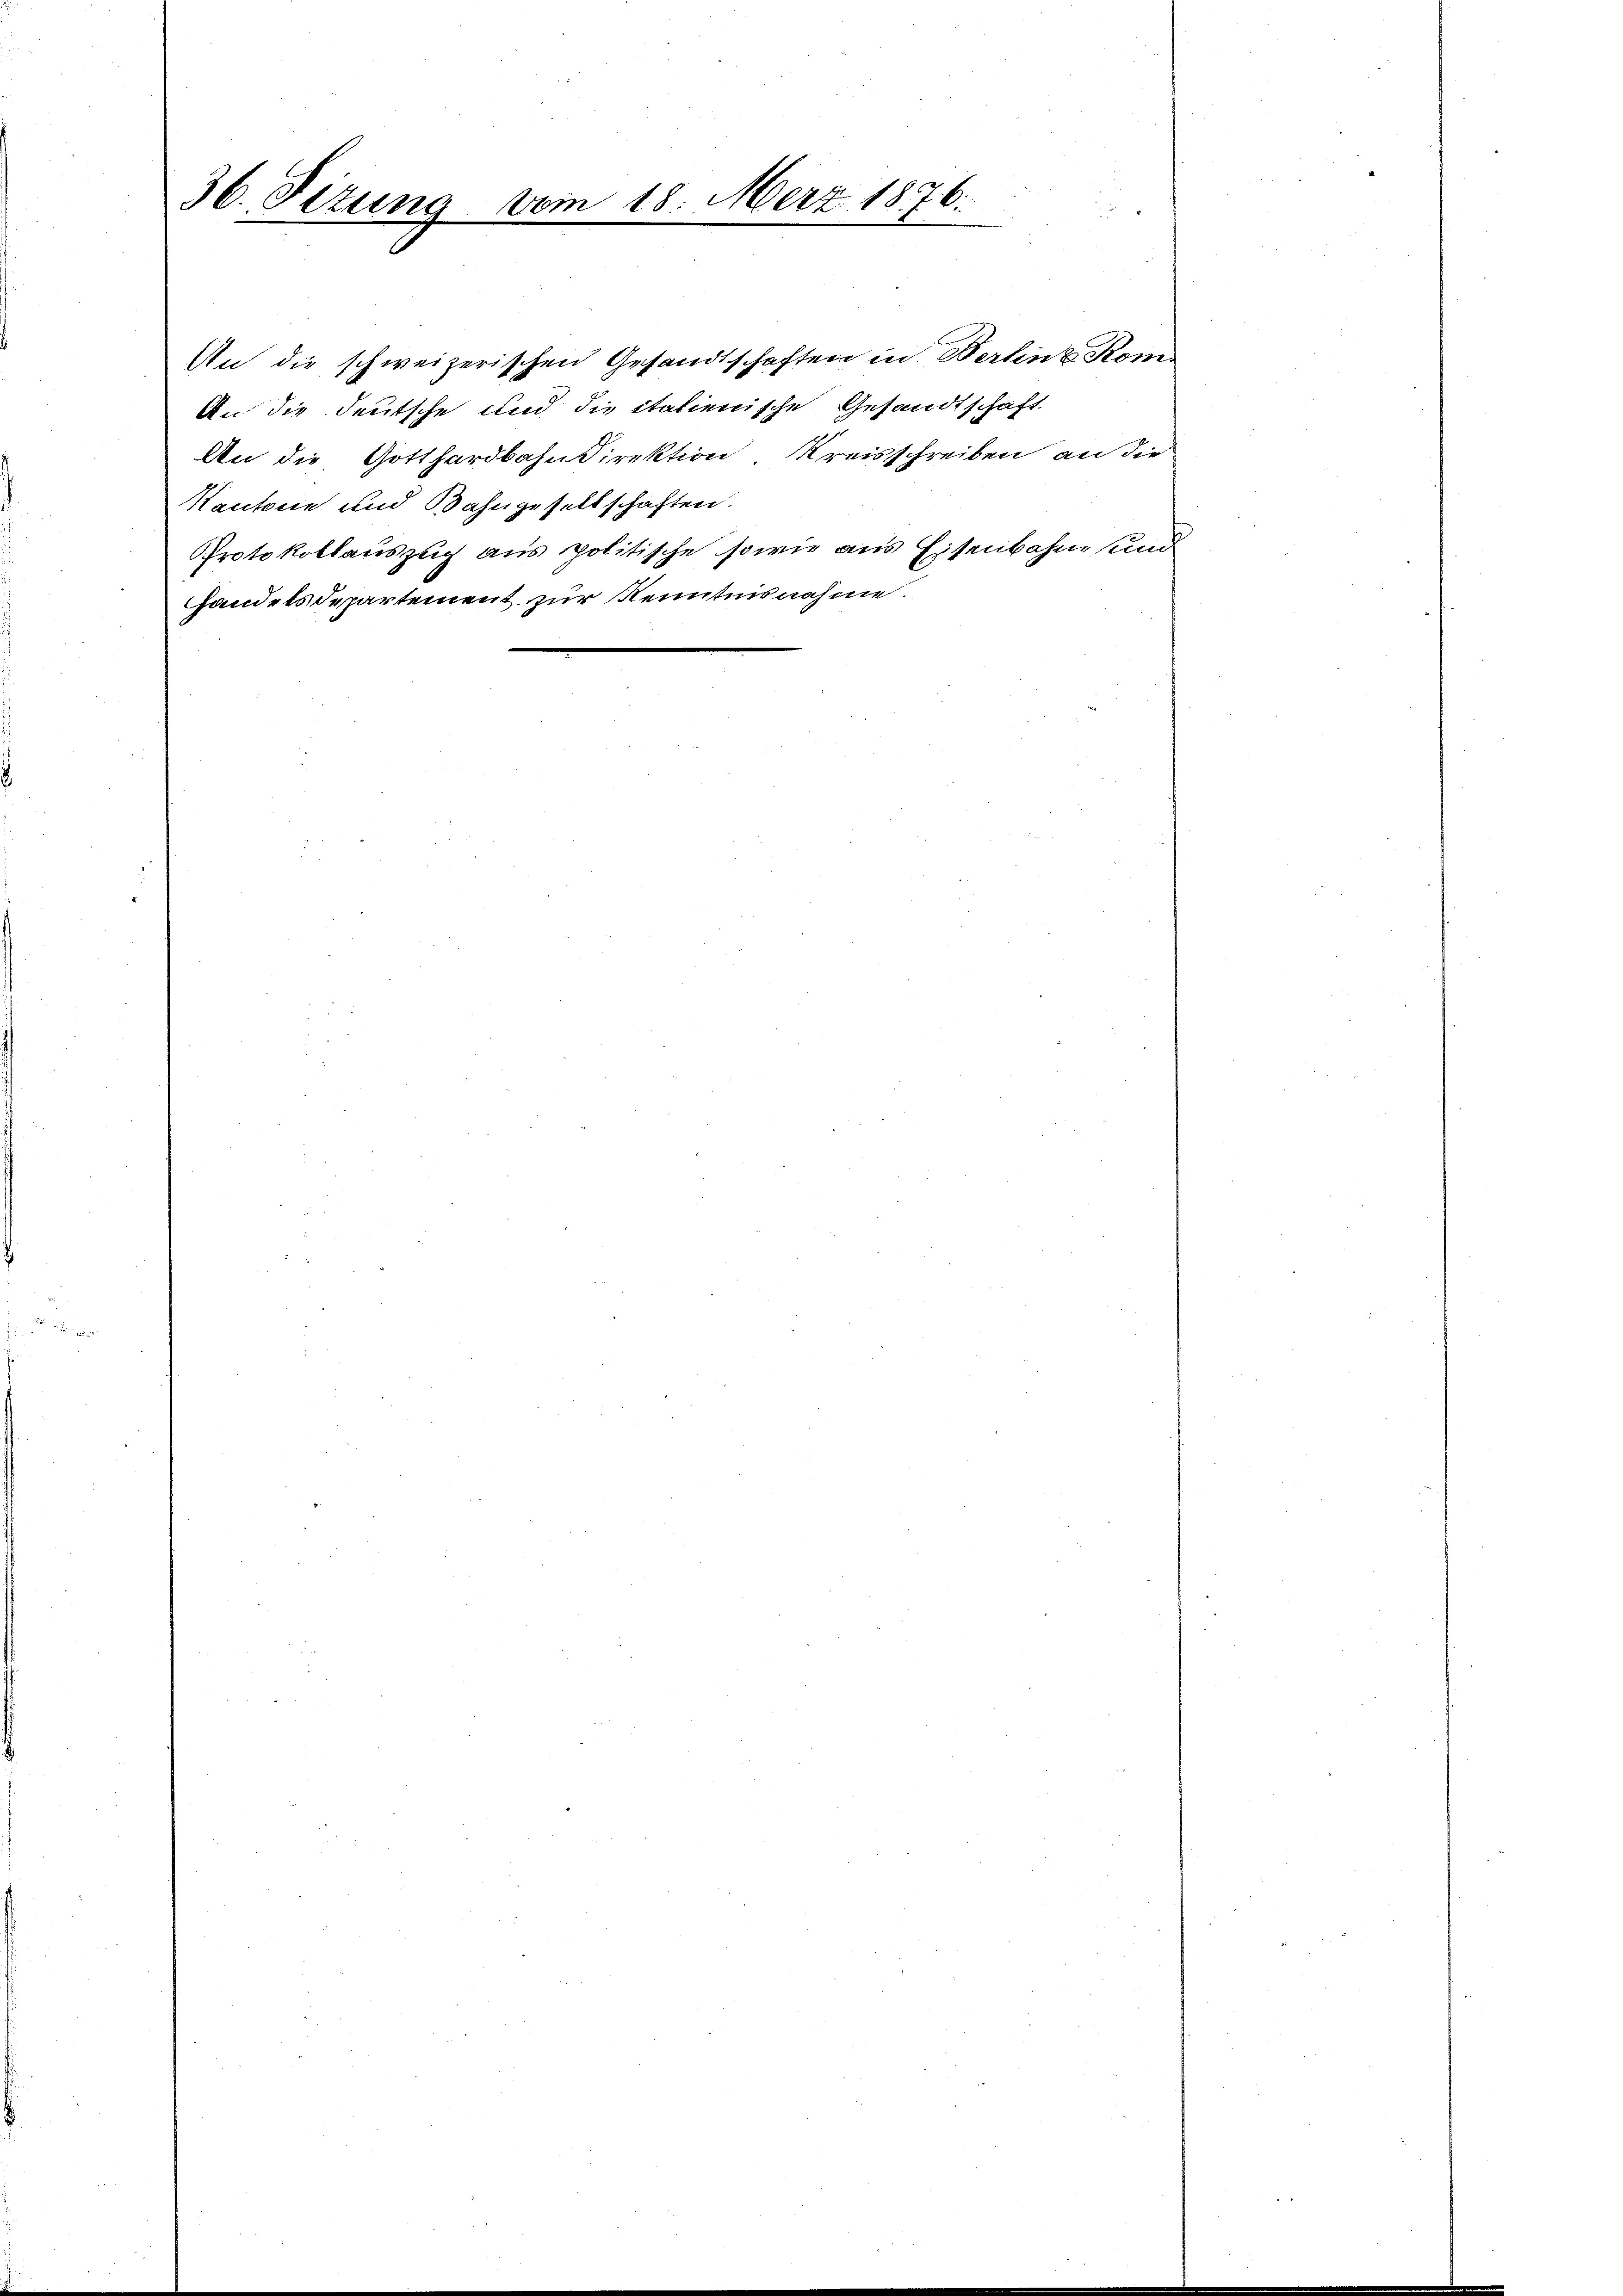
36. Titung vom 18. März 1876.

An die schweizerischen Gesandtschaften in Wertinz Rom
An die deutsche und die italienische Gesandtschaft
An die Gotthardbahndirektion Kreisschreiben an die
Kantone und Bahngesellschaften.
Protokollauszug aus politische sowie aus Eisenbahne und
handelsdepartement zur Kenntnisnahme.